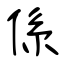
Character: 係